Annual report of the Bengal Veterinary College and of the Civil Veterinary Department, Bengal, for the year 1907-1908 - 1907-1908
Year: 1907
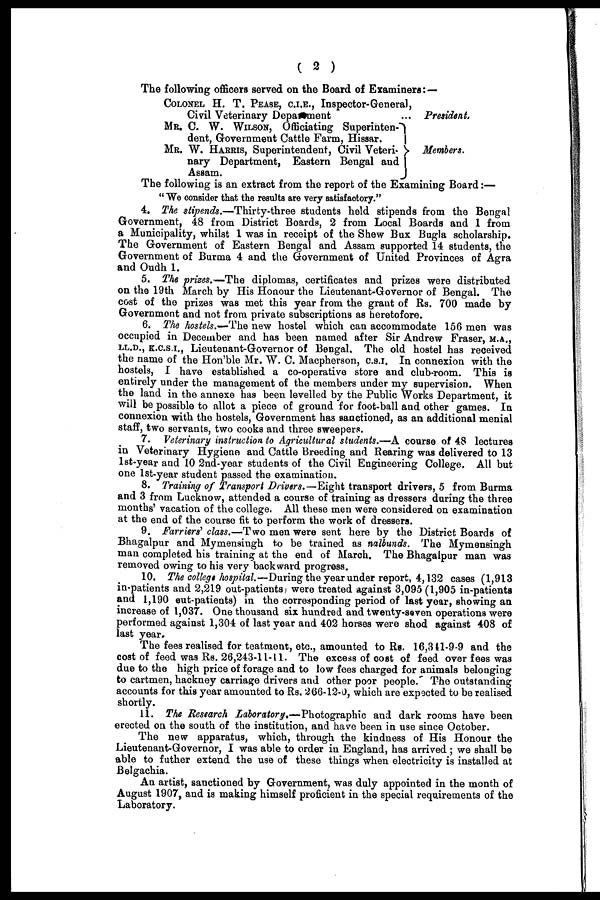
( 2 )
The following officers served on the Board of Examiners: —
COLONEL H. T. PEASE, C.I.E., Inspector-General,
Civil Veterinary Department
MR. C. W. WILSON, Officiating Superinten¬
dent, Government Cattle Farm, Hissar.
MR. W. HARRIS, Superintendent, Civil Veteri¬
nary Department, Eastern Bengal and
Assam.
President.
Members.
The following is an extract from the report of the Examining Board:—
"We consider that the results are very satisfactory."
4. The stipends.—Thirty-three students held stipends from the Bengal
Government, 48 from District Boards, 2 from Local Boards and 1 from
a Municipality, whilst 1 was in receipt of the Shew Bux Bugla scholarship.
The Government of Eastern Bengal and Assam supported 14 students, the
Government of Burma 4 and the Government of United Provinces of Agra
and Oudh 1.
5. The prizes.—The diplomas, certificates and prizes were distributed
on the 19th March by His Honour the Lieutenant-Governor of Bengal. The
cost of the prizes was met this year from the grant of Rs. 700 made by
Government and not from private subscriptions as heretofore.
6. The hostels.—The new hostel which can accommodate 156 men was
occupied in December and has been named after Sir Andrew Fraser, m.a.,
LL.D., K.C.S.I., Lieutenant-Governor of Bengal. The old hostel has received
the name of the Hon'ble Mr. W. C. Macpherson, C.S.I. In connexion with the
hostels, I have established a co-operative store and club-room. This is
entirely under the management of the members under my supervision. When
the land in the annexe has been levelled by the Public Works Department, it
will be possible to allot a piece of ground for foot-ball and other games. In
connexion with the hostels, Government has sanctioned, as an additional menial
staff, two servants, two cooks and three sweepers.
7. Veterinary instruction to Agricultural students.—A course of 48 lectures
in Veterinary Hygiene and Cattle Breeding and Rearing was delivered to 13
1st-year and 10 2nd-year students of the Civil Engineering College. All but
one lst-year student passed the examination.
8. Training of Transport Drivers.—Eight transport drivers, 5 from Burma
and 3 from Lucknow, attended a course of training as dressers during the three
months' vacation of the college. All these men were considered on examination
at the end of the course fit to perform the work of dressers.
9. Farriers' class.—Two men were sent here by the District Boards of
Bhagalpur and Mymensingh to be trained as nalbunds. The Mymensingh
man completed his training at the end of March. The Bhagalpur man was
removed owing to his very backward progress.
10. The college hospital.—During the year under report, 4,132 cases (1,913
in-patients and 2,219 out-patients were treated against 3,095 (1,905 in-patients
and 1,190 out-patients) in the corresponding period of last year, showing an
increase of 1,037. One thousand six hundred and twenty-seven operations were
performed against 1,304 of last year and 402 horses were shod against 408 of
last year.
The fees realised for teatment, etc., amounted to Rs. 16,341-9-9 and the
cost of feed was Rs. 26,243-11-11. The excess of cost of feed over fees was
due to the high price of forage and to low fees charged for animals belonging
to cartmen, hackney carriage drivers and other poor people. The outstanding
accounts for this year amounted to Rs. 266-12-0, which are expected to be realised
shortly.
11. The Research Laboratory.—Photographic and dark rooms have been
erected on the south of the institution, and have been in use since October.
The new apparatus, which, through the kindness of His Honour the
Lieutenant-Governor, I was able to order in England, has arrived; we shall be
able to futher extend the use of these things when electricity is installed at
Belgachia.
An artist, sanctioned by Government, was duly appointed in the month of
August 1907, and is making himself proficient in the special requirements of the
Laboratory.